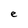
Character: e